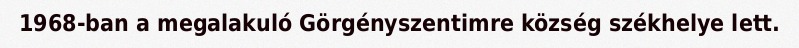
1968-ban a megalakuló Görgényszentimre község székhelye lett.